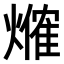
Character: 𤏥